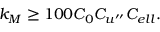
k _ { M } \geq 1 0 0 C _ { 0 } C _ { u ^ { \prime \prime } } C _ { e l l } .